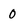
Character: 0